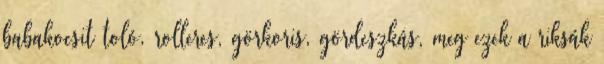
babakocsit toló, rolleres, görkoris, gördeszkás, meg ezek a riksák